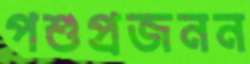
পশুপ্রজনন